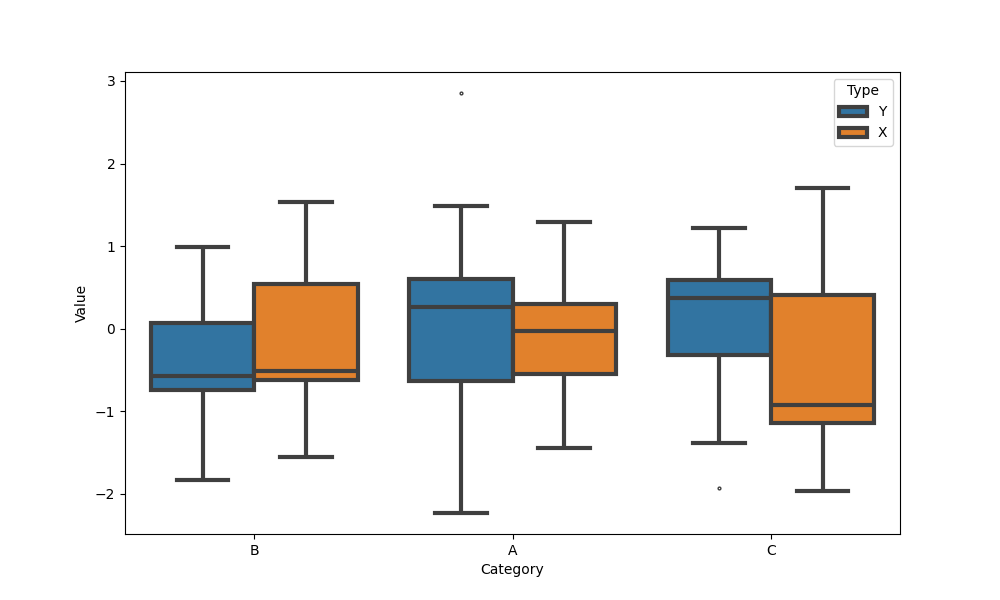
python, seaborn, boxplot, width=0.8, linewidth=3, fliersize=2, notch=False